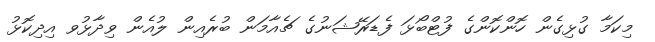
މިކަމާ ގުޅިގެން ހޮންކޮންގެ ފުޓްބޯޅަ ފެޑަރޭޝަނުގެ ޗެއާމަން ބުރެއިން ލުއެން ވިދާޅުވ އިދިކޮޅު